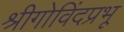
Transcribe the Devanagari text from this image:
श्रीगोविंदप्रभू